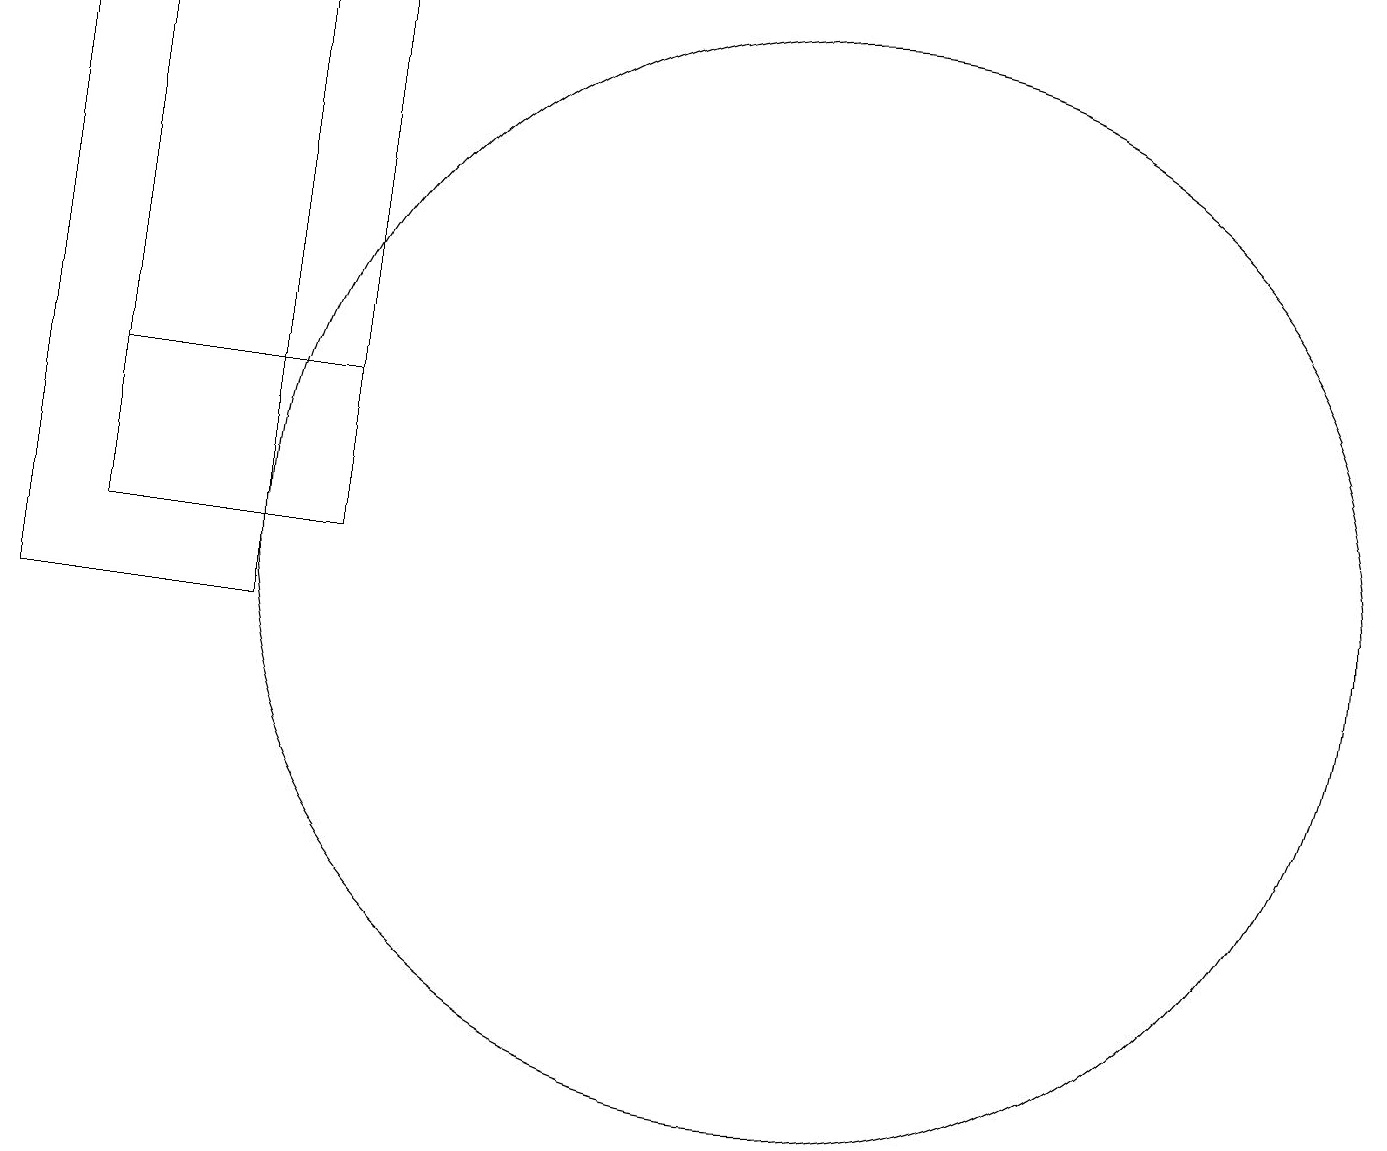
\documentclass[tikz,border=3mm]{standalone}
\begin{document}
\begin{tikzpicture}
\draw (1,12) rectangle (4,14);
\draw (4,19) rectangle (1,12);
\draw (10,12) circle (7);
\draw (3,19) rectangle (0,11);
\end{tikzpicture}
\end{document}